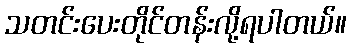
သတင်းပေးတိုင်တန်းလို့ရပါတယ်။